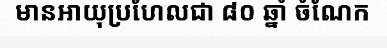
មានអាយុប្រហែលជា ៨០ ឆ្នាំ ចំណែក